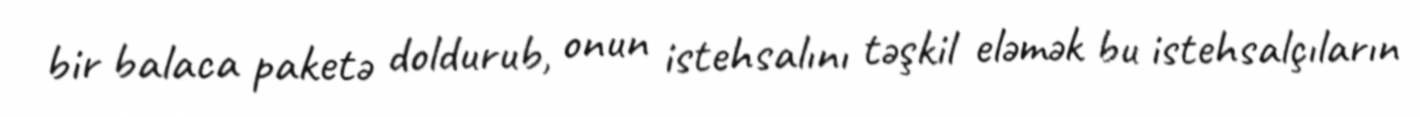
bir balaca paketə doldurub, onun istehsalını təşkil eləmək bu istehsalçıların